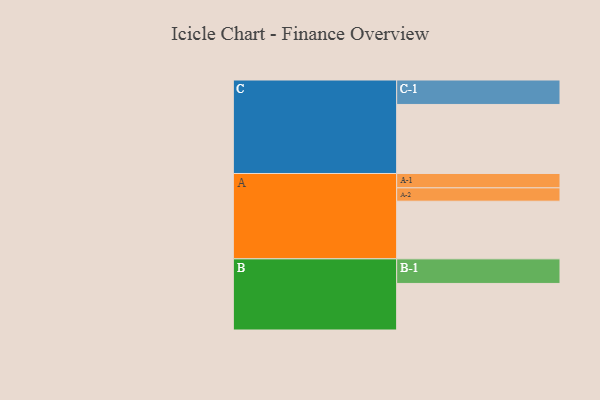
{"axis": {"x": "Segment", "y": "Value"}, "legend": ["", "A", "B", "C"], "data": [{"x": "A", "y": 462, "type": ""}, {"x": "B", "y": 373, "type": ""}, {"x": "C", "y": 553, "type": ""}, {"x": "A-1", "y": 115, "type": "A"}, {"x": "A-2", "y": 107, "type": "A"}, {"x": "B-1", "y": 197, "type": "B"}, {"x": "C-1", "y": 196, "type": "C"}]}